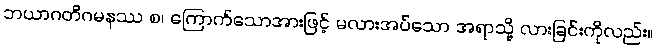
ဘယာဂတိဂမနဿ စ၊ ကြောက်သောအားဖြင့် မလားအပ်သော အရာသို့ လားခြင်းကိုလည်း။